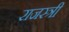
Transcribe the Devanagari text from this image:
राजस्त्री